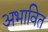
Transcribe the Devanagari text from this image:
अभावित